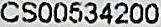
CS00534200